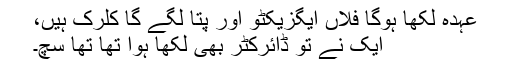
عہدہ لکھا ہوگا فلاں ایگزیکٹو اور پتا لگے گا کلرک ہیں،
ایک نے تو ڈائرکٹر بھی لکھا ہوا تھا تھا سچ۔